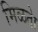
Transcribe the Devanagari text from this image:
मिळतेा